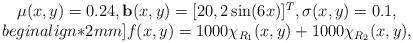
LaTeX: \begin{align*}\begin{array}{c}\mu(x, y)=0.24, \mathbf{b}(x, y)=[20, 2 \sin(6x)]^T, \sigma(x, y) = 0.1,\\begin{align*}2mm]f(x,y)=1000\chi_{R_1}(x, y) + 1000\chi_{R_2}(x, y), \end{array}\end{align*}